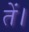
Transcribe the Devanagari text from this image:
तें।